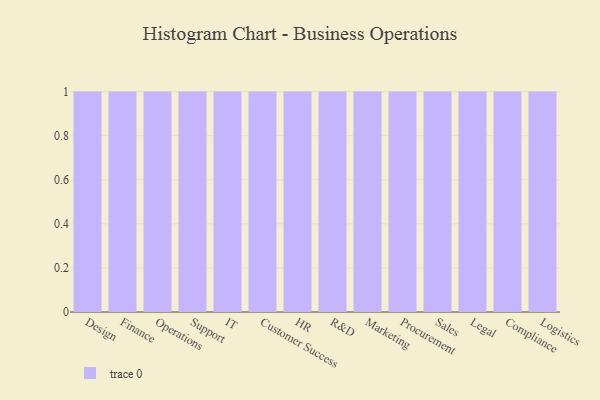
{"axis": {"x": "Department", "y": "Market Share (%)"}, "legend": [""], "data": [{"x": "Design", "y": 76, "type": ""}, {"x": "Finance", "y": 76, "type": ""}, {"x": "Operations", "y": 36, "type": ""}, {"x": "Support", "y": 89, "type": ""}, {"x": "IT", "y": 28, "type": ""}, {"x": "Customer Success", "y": 10, "type": ""}, {"x": "HR", "y": 44, "type": ""}, {"x": "R&D", "y": 71, "type": ""}, {"x": "Marketing", "y": 86, "type": ""}, {"x": "Procurement", "y": 80, "type": ""}, {"x": "Sales", "y": 22, "type": ""}, {"x": "Legal", "y": 77, "type": ""}, {"x": "Compliance", "y": 2, "type": ""}, {"x": "Logistics", "y": 62, "type": ""}]}